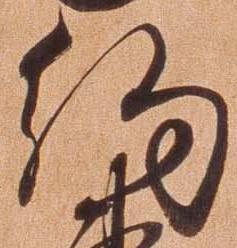
約